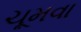
ચૂમવા